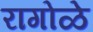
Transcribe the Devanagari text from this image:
रागोळे